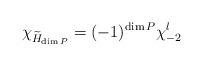
LaTeX: \begin{align*}\chi_{\widetilde{H}_{\dim P}} = (-1)^{\dim P} \chi^l_{-2}\end{align*}